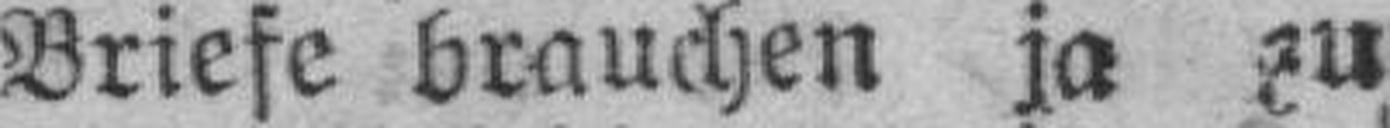
Briefe brauchen ja zu